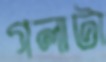
গলাটা